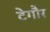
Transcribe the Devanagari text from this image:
टेगौर